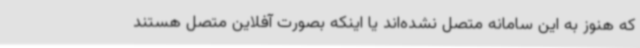
که هنوز به این سامانه متصل نشده‌اند یا اینکه بصورت آفلاین متصل هستند